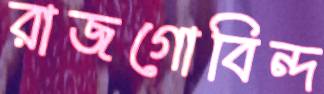
রাজগোবিন্দ